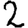
Digit: 2